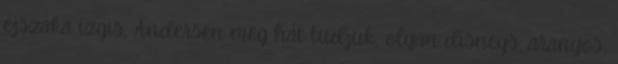
éjszaka izgis, Andersen meg hát tudjuk, olyan disneys, aranyos,